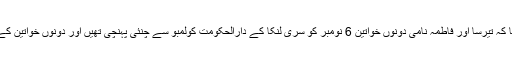
ٹائمز آف انڈیا نے اپنی رپورٹ میں بتایا کہ تیرسا اور فاطمہ نامی دونوں خواتین 6 نومبر کو سری لنکا کے دارالحکومت کولمبو سے چنئی پہنچی تھیں اور دونوں خواتین کے پیٹ حد سے زیادہ پھولے ہوئے تھے۔